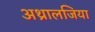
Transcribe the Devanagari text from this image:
अथ्रालजिया